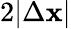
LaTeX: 2|\Delta\mathbf{x}|